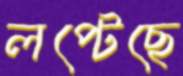
লপ্‌টেছে